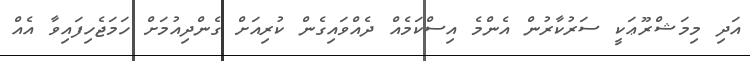
އަދި މިމަޝްރޫޢަކީ ސަރުކާރުން އެންމެ އިސްކަމެއް ދެއްވައިގެން ކުރިއަށް ގެންދިއުމަށް ހަމަޖެހިފައިވާ އެއް